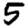
Digit: 5